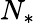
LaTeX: N_{*}